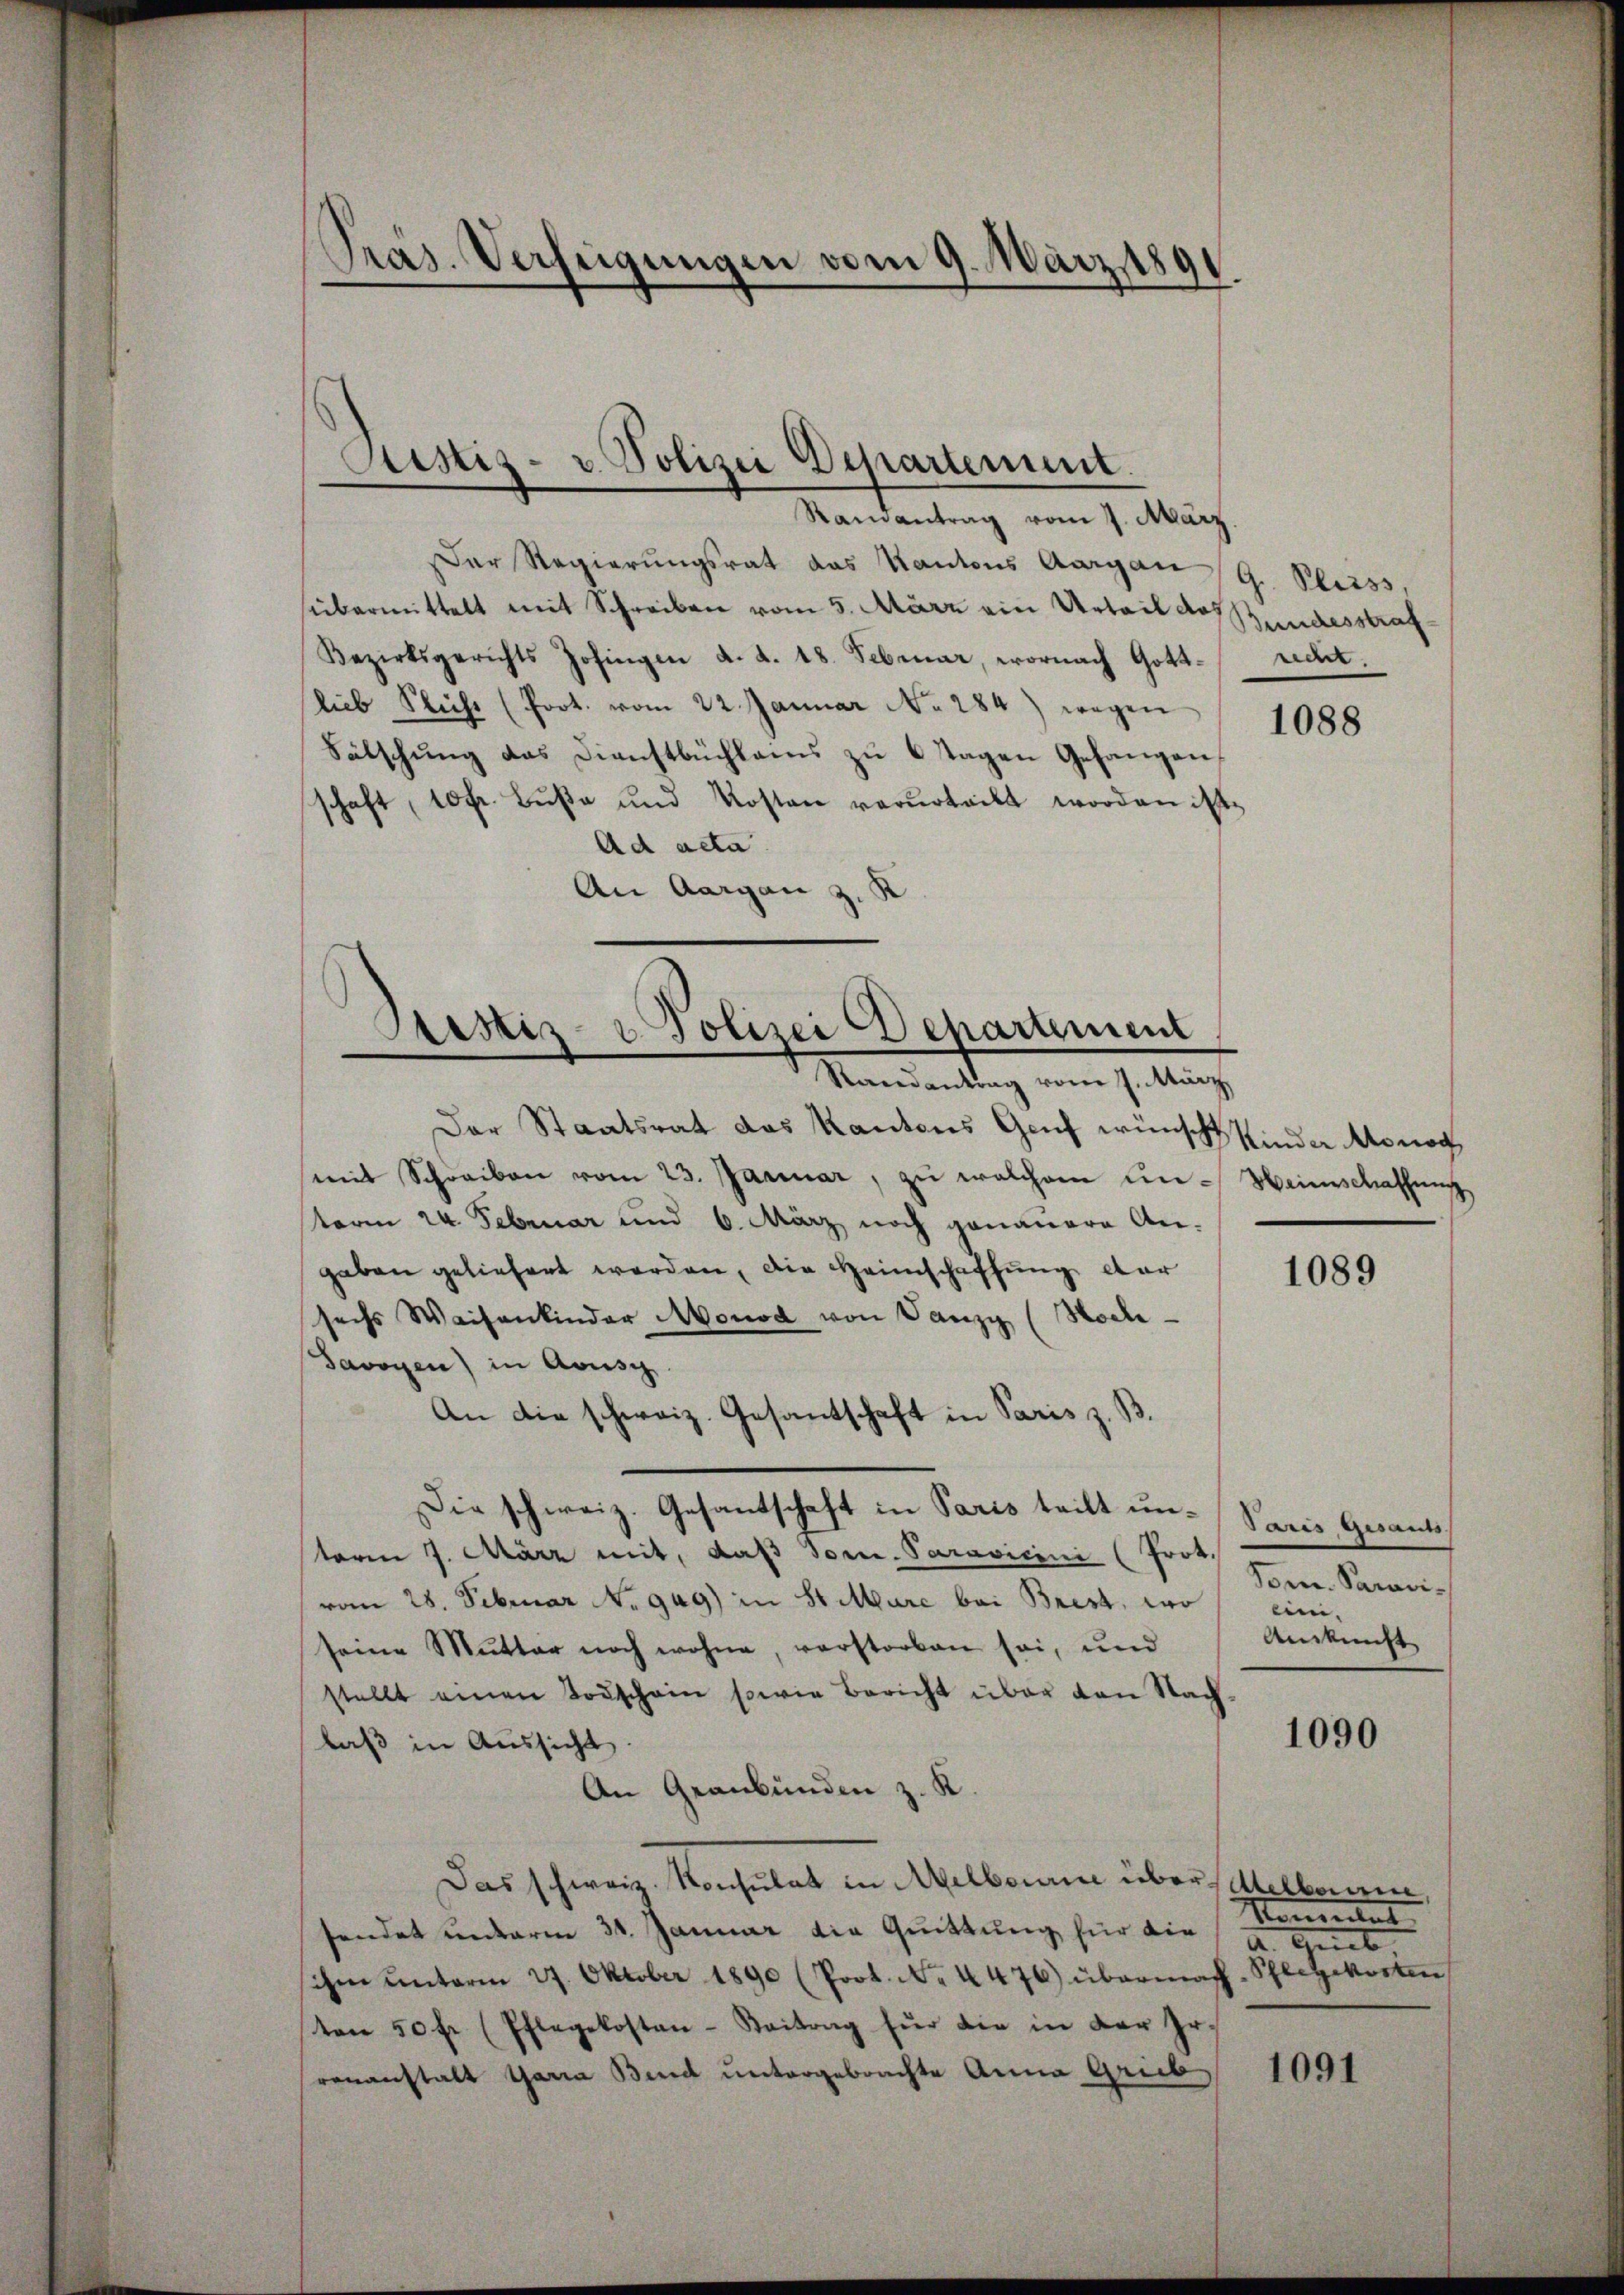
Pras. Verfügungen vom 9. März 1891.

Sistiz- u. Polizei Departement.
—

Ramantrag vom 7. März
Der Regierungsrat das Kantons Aargau, G. Pliess,
sübermittelt mit Schreiben vom 5. März ein Urteil das
Bezirksgerichts Zofingen d. d. 18. Februar, wornach Gottlieb Flicht (Poot. vom 22. Januar No. 284) wegen
Sälschung das Dienstbuchlams zu 6 Tagen Gefangen,
schaft, 10 fr. Buße und Kosten verurteilt worden ist.
Ad acta.
An Aargau z. K
Der Staatsrat das Kantons Genf wünsch Kinder Monog
mit Schreiben vom 23. Januar, zŭ welchem ŭn-Weinschaffŭng
term 24. Februar und 6. März noch genauere An-
gaben geliefert werden, die Heimschaffung dar
sechs Waisenkinder Monod von Tanzy (Hoch¬
Savoyen) in Ausg
An die schweiz. Gesantschaft in Paris z. B.
Die schweiz. Gesantschaft in Paris teilt unterm 7. März mit, daß Sonne. Paravicini (Prot.
vom 28. Februar 949) in St. Mare bei Brest, wo einiseine Mutter noch wohne, verstorben sei, und
stellt einen Todschein sowie Bericht über den Nac
1090
laß in Aussicht.
An Graubünden z. K.
Das schweiz. Konsulat in Melbourne über selben,
Momentat
sendet unterm 31. Januar die Quittung für die a. Greb
ihm unterm 27. Oktober 1890 (Prot. No. 4476) übermass-Pflegekosten
ten 50 fr. (Pflegekosten-Beitrag für die in der Er-
1091
renanstalt Gara Band untergebrachte Anna Greb,

Prestiz- & Polizei Departement
Randantrag vom 7. März

Bundesstraf
var.

1088

1089

Paris Gesants.
Som. Paravi¬
Ankunft